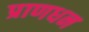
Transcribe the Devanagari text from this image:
प्राणधन